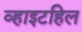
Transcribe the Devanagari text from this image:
व्हाइटहिल